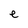
Character: e